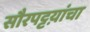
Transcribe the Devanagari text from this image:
सौरपट्टय़ांचा